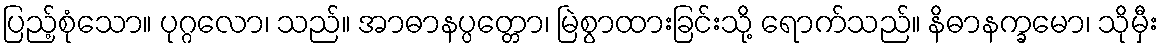
ပြည့်စုံသော။ ပုဂ္ဂလော၊ သည်။ အာဓာနပ္ပတ္တော၊ မြဲစွာထားခြင်းသို့ ရောက်သည်။ နိဓာနက္ခမော၊ သိုမှီး